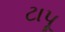
ટાપૂ